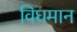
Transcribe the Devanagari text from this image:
विघमान